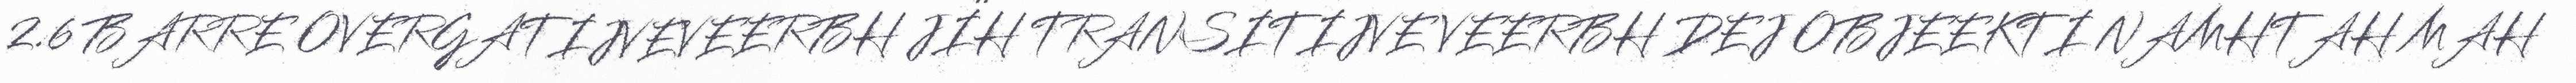
2.6 BARRE OVERGATIJVEVEERBH JÏH TRANSITIJVE VEERBH DEJ OBJEEKTI NAMHTAH MAH